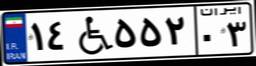
۶۱W۲۰۲۹۳